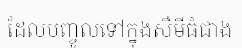
ដែលបញ្ចូលទៅក្នុងសឺមីធំជាង